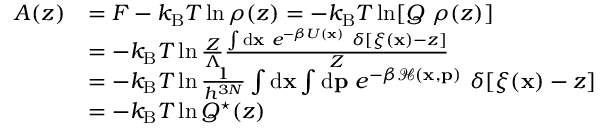
\begin{array} { r l } { A ( z ) } & { = F - k _ { \mathrm { B } } T \ln \rho ( z ) = - k _ { \mathrm { B } } T \ln [ Q \ \rho ( z ) ] } \\ & { = - k _ { \mathrm { B } } T \ln \frac { Z } { \Lambda } \frac { \int \ensuremath { \mathrm { d } } \ensuremath { \mathbf { x } } \ e ^ { - \beta U ( \ensuremath { \mathbf { x } } ) } \ \delta [ \xi ( \ensuremath { \mathbf { x } } ) - z ] } { Z } } \\ & { = - k _ { \mathrm { B } } T \ln \frac { 1 } { h ^ { 3 N } } \int \ensuremath { \mathrm { d } } \ensuremath { \mathbf { x } } \int \ensuremath { \mathrm { d } } \ensuremath { \mathbf { p } } \ e ^ { - \beta \mathcal { H } ( \ensuremath { \mathbf { x } } , \ensuremath { \mathbf { p } } ) } \ \delta [ \xi ( \ensuremath { \mathbf { x } } ) - z ] } \\ & { = - k _ { \mathrm { B } } T \ln Q ^ { \star } ( z ) } \end{array}